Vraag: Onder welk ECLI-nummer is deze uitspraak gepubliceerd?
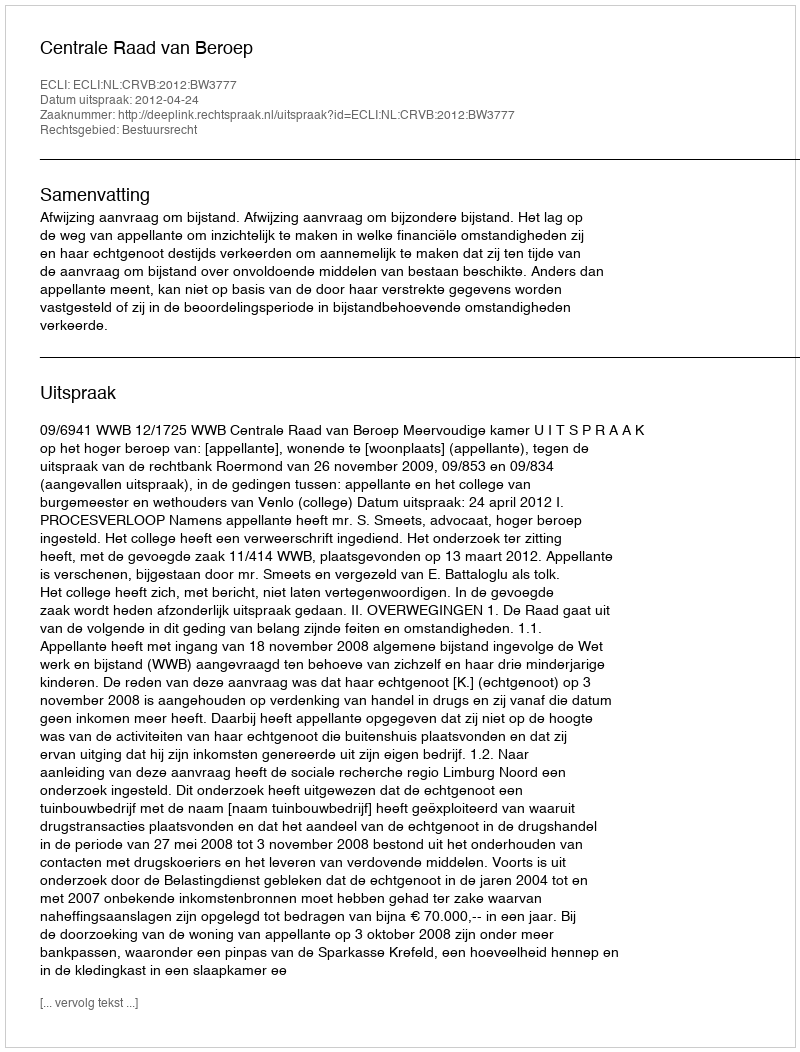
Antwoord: ECLI:NL:CRVB:2012:BW3777